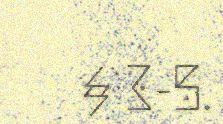
§ 3-5.